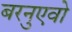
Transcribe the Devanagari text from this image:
बरनुएवो